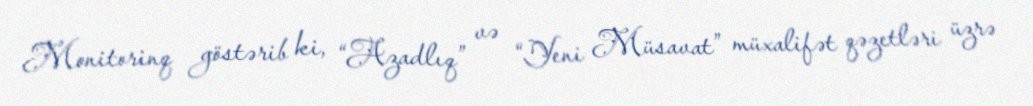
Monitorinq göstərib ki, “Azadlıq” və “Yeni Müsavat” müxalifət qəzetləri üzrə